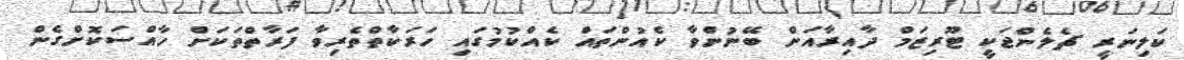
ކަލިނަރީ ޗެލެންޖަކީ ޓޫރިޒަމް ދާއިރާއަށް ބޭނުންވާ ކެއުންތައް ކެއްކުމުގައި ހަރަކާތްތެރިވާ ފަރާތްތަކަށް ހާއްސަކޮށްގެން